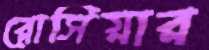
রোসিয়ার